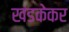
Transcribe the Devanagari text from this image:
खंडकेकर